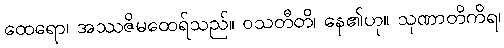
ထေရော၊ အဿဇိမထေရ်သည်။ ဝသတီတိ၊ နေ၏ဟု။ သုဏာတိကိရ၊